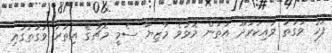
ފަހު ވަގުތު ވައިކަރަދޫ އަތުން މޮޅުވެ މާޒިޔާ ސެމީ މެޗުގެ އިތުރު ވަގުތުގައި